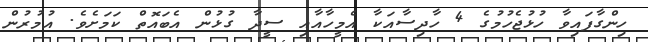
ހިންގާފައިވާ ހުޅުޖެހުމުގެ 4 ހާދިސާއަކާ އެމީހާއާއި ސީދާ ގުޅުން އެބައޮތް ކަމަށެވެ. އުމުރުން